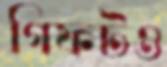
গিফটও